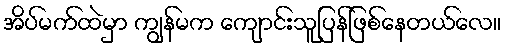
အိပ်မက်ထဲမှာ ကျွန်မက ကျောင်းသူပြန်ဖြစ်နေတယ်လေ။